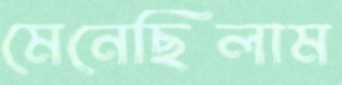
মেনেছিলাম